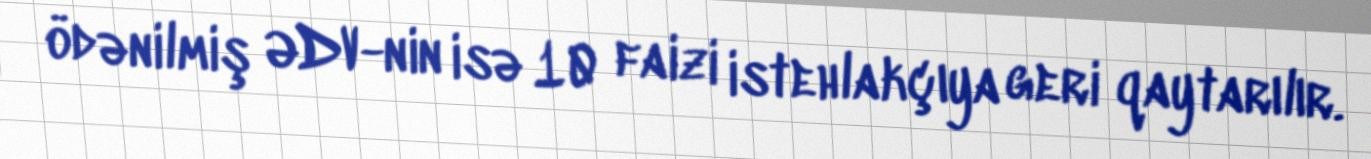
ödənilmiş ƏDV-nin isə 10 faizi istehlakçıya geri qaytarılır.